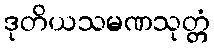
ဒုတိယသမဏသုတ္တံ